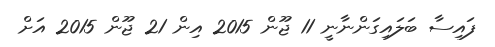
ފައިސާ ބަލައިގަންނާނީ 11 ޖޫން 2015 އިން 21 ޖޫން 2015 އަށް